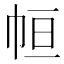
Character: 𢂡